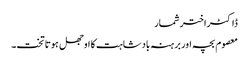
ڈاکٹراختر شمار
معصوم بچہ اور برہنہ بادشاہت کا اوجھل ہوتا تخت۔